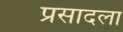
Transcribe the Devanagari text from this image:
प्रसादला